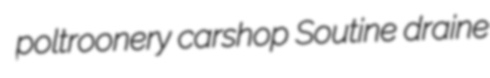
poltroonery carshop Soutine draine